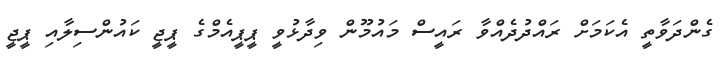
ގެންދަވާތީ އެކަމަށް ރައްދުދެއްވާ ރައީސް މައުމޫން ވިދާޅުވީ ޕީޕީއެމްގެ ޕީޖީ ކައުންސިލާއި ޕީޖީ